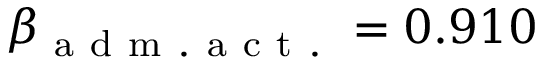
\beta _ { \mathrm { ~ a ~ d ~ m ~ . ~ a ~ c ~ t ~ . ~ } } = 0 . 9 1 0